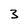
Character: 3